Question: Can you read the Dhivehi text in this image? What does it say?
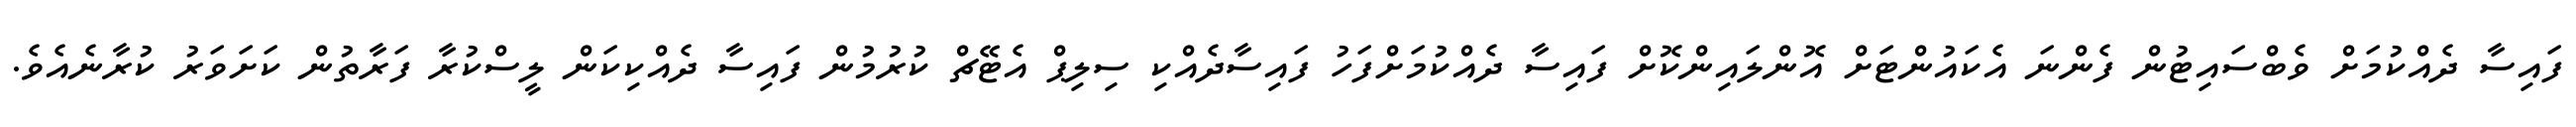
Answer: ފައިސާ ދެއްކުމަށް ވެބްސައިޓުން ފެންނަ އެކައުންޓަށް އޮންލައިންކޮށް ފައިސާ ދެއްކުމަށްފަހު ފައިސާދެއްކި ސިލިޕް އެޓޭޗް ކުރުމުން ފައިސާ ދެއްކިކަން ލީސްކުރާ ފަރާތުން ކަށަވަރު ކުރާނެއެވެ.